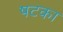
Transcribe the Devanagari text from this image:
षटका